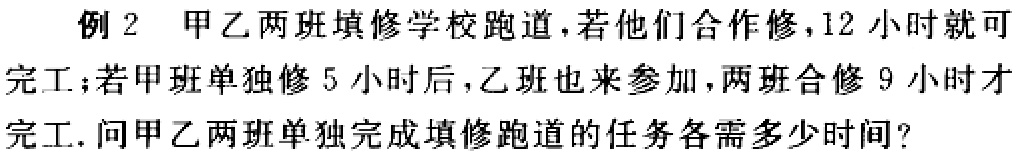
例2 甲乙两班填修学校跑道，若他们合作修，12 小时就可
完工；若甲班单独修 5 小时后，乙班也来参加，两班合修 9 小时才
完工. 问甲乙两班单独完成填修跑道的任务各需多少时间?